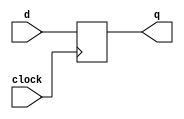
module dff_beh1 (input d,    
              input clock,  
	      
              output reg q);  
  initial q<=0;
  always @ (negedge clock) 
          q <= d;  
endmodule